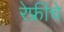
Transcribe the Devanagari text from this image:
रेफ्रींचे